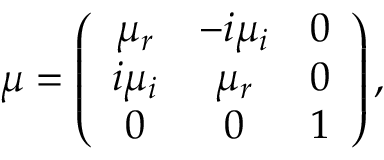
\boldsymbol { \mu } = \left( \begin{array} { c c c } { \mu _ { r } } & { - i \mu _ { i } } & { 0 } \\ { i \mu _ { i } } & { \mu _ { r } } & { 0 } \\ { 0 } & { 0 } & { 1 } \end{array} \right) ,